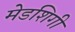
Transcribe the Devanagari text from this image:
मेडशिगी